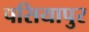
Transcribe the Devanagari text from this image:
पसियापुर